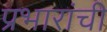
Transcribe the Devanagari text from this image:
प्रभारांची